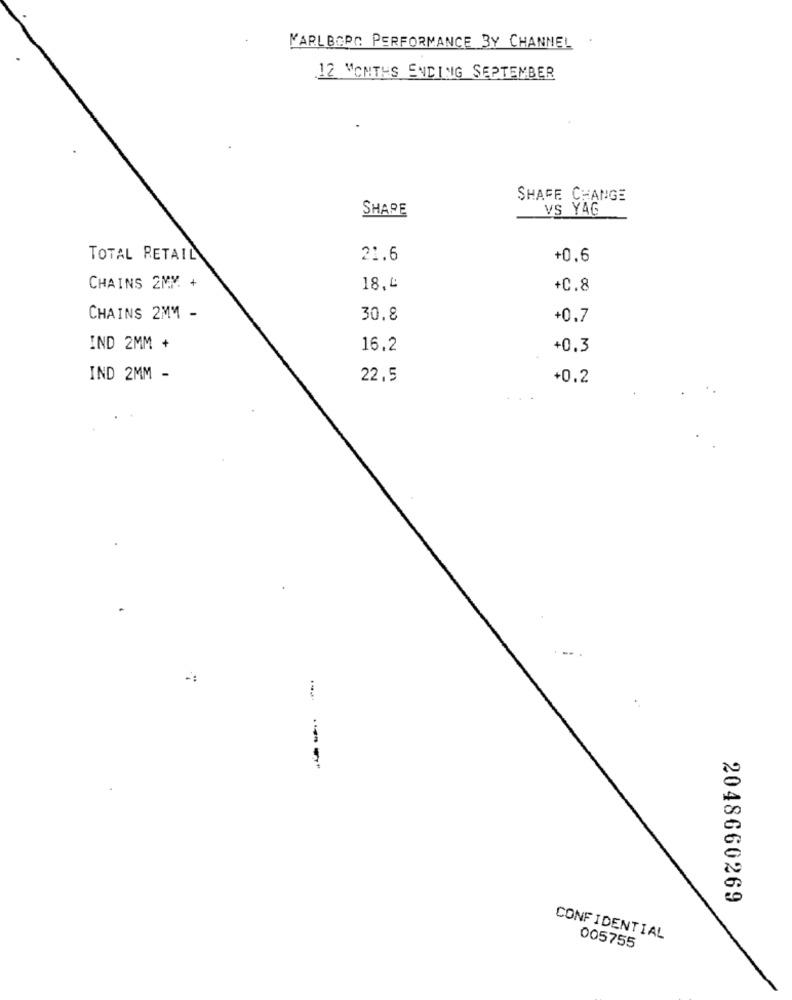
MARLBORO PERFORMANCE BY CHANNEL
12 MONTHS ENDING SEPTEMBER
SHAFE CHANGE
SHARE
VS YAG
TOTAL RETAIL
21.6
+0.6
CHAINS 2MY +
18.4
+C.8
CHAINS 2MM -
30.8
+0.7
IND 2MM +
16.2
+0.3
IND 2MM -
22,5
+0.2
2048660269
CONFIDENTIAL
005755